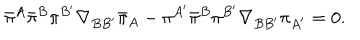
\bar { \pi } { } ^ { A } \bar { \pi } ^ { B } \pi ^ { B ^ { \prime } } \nabla _ { B B ^ { \prime } } \bar { \pi } _ { A } - \pi ^ { A ^ { \prime } } \bar { \pi } ^ { B } \pi ^ { B ^ { \prime } } \nabla _ { B B ^ { \prime } } \pi _ { A ^ { \prime } } = 0 .